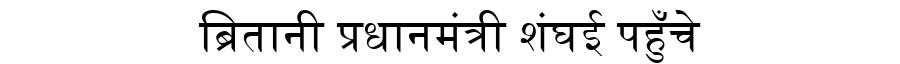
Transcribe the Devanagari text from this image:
ब्रितानी प्रधानमंत्री शंघई पहुँचे